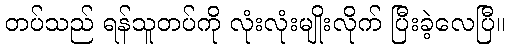
တပ်သည် ရန်သူတပ်ကို လုံးလုံးမျိုးလိုက် ပြီးခဲ့လေပြီ။